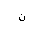
Letter: _non